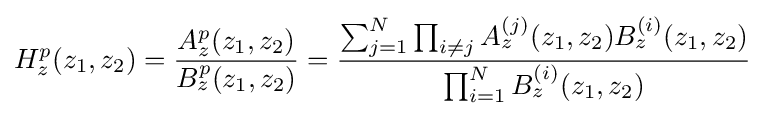
H_{z}^{p}(z_{1},z_{2})={\frac {A_{z}^{p}(z_{1},z_{2})}{B_{z}^{p}(z_{1},z_{2})}}={\frac {\sum _{j=1}^{N}\prod _{i\neq j}A_{z}^{(j)}(z_{1},z_{2})B_{z}^{(i)}(z_{1},z_{2})}{\prod _{i=1}^{N}B_{z}^{(i)}(z_{1},z_{2})}}